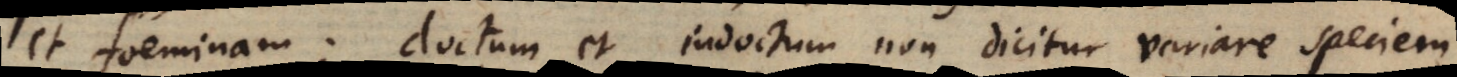
et foeminam; doctum et indoctum non dicitur variare speciem.